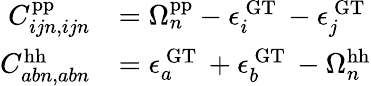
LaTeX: \begin{array}{rl}{C_{ijn,ijn}^{\mathrm{pp}}}&{=\Omega_{n}^{\mathrm{pp}}-\epsilon_{i}^{\mathrm{~GT~}}-\epsilon_{j}^{\mathrm{~GT~}}}\\ {C_{abn,abn}^{\mathrm{hh}}}&{=\epsilon_{a}^{\mathrm{~GT~}}+\epsilon_{b}^{\mathrm{~GT~}}-\Omega_{n}^{\mathrm{hh}}}\end{array}